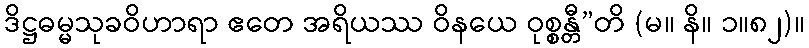
ဒိဋ္ဌဓမ္မသုခဝိဟာရာ ဧတေ အရိယဿ ဝိနယေ ဝုစ္စန္တီ”တိ (မ။ နိ။ ၁။၈၂)။